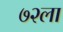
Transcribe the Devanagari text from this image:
७२ला